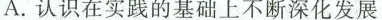
A.认识在实践的基础上不断深化发展